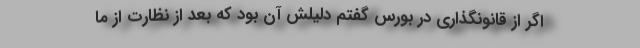
اگر از قانونگذاری در بورس گفتم دلیلش آن بود که بعد از نظارت از ما